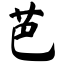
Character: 芭